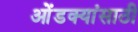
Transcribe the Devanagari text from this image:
ओंडक्यांसाठी